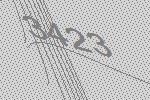
3423